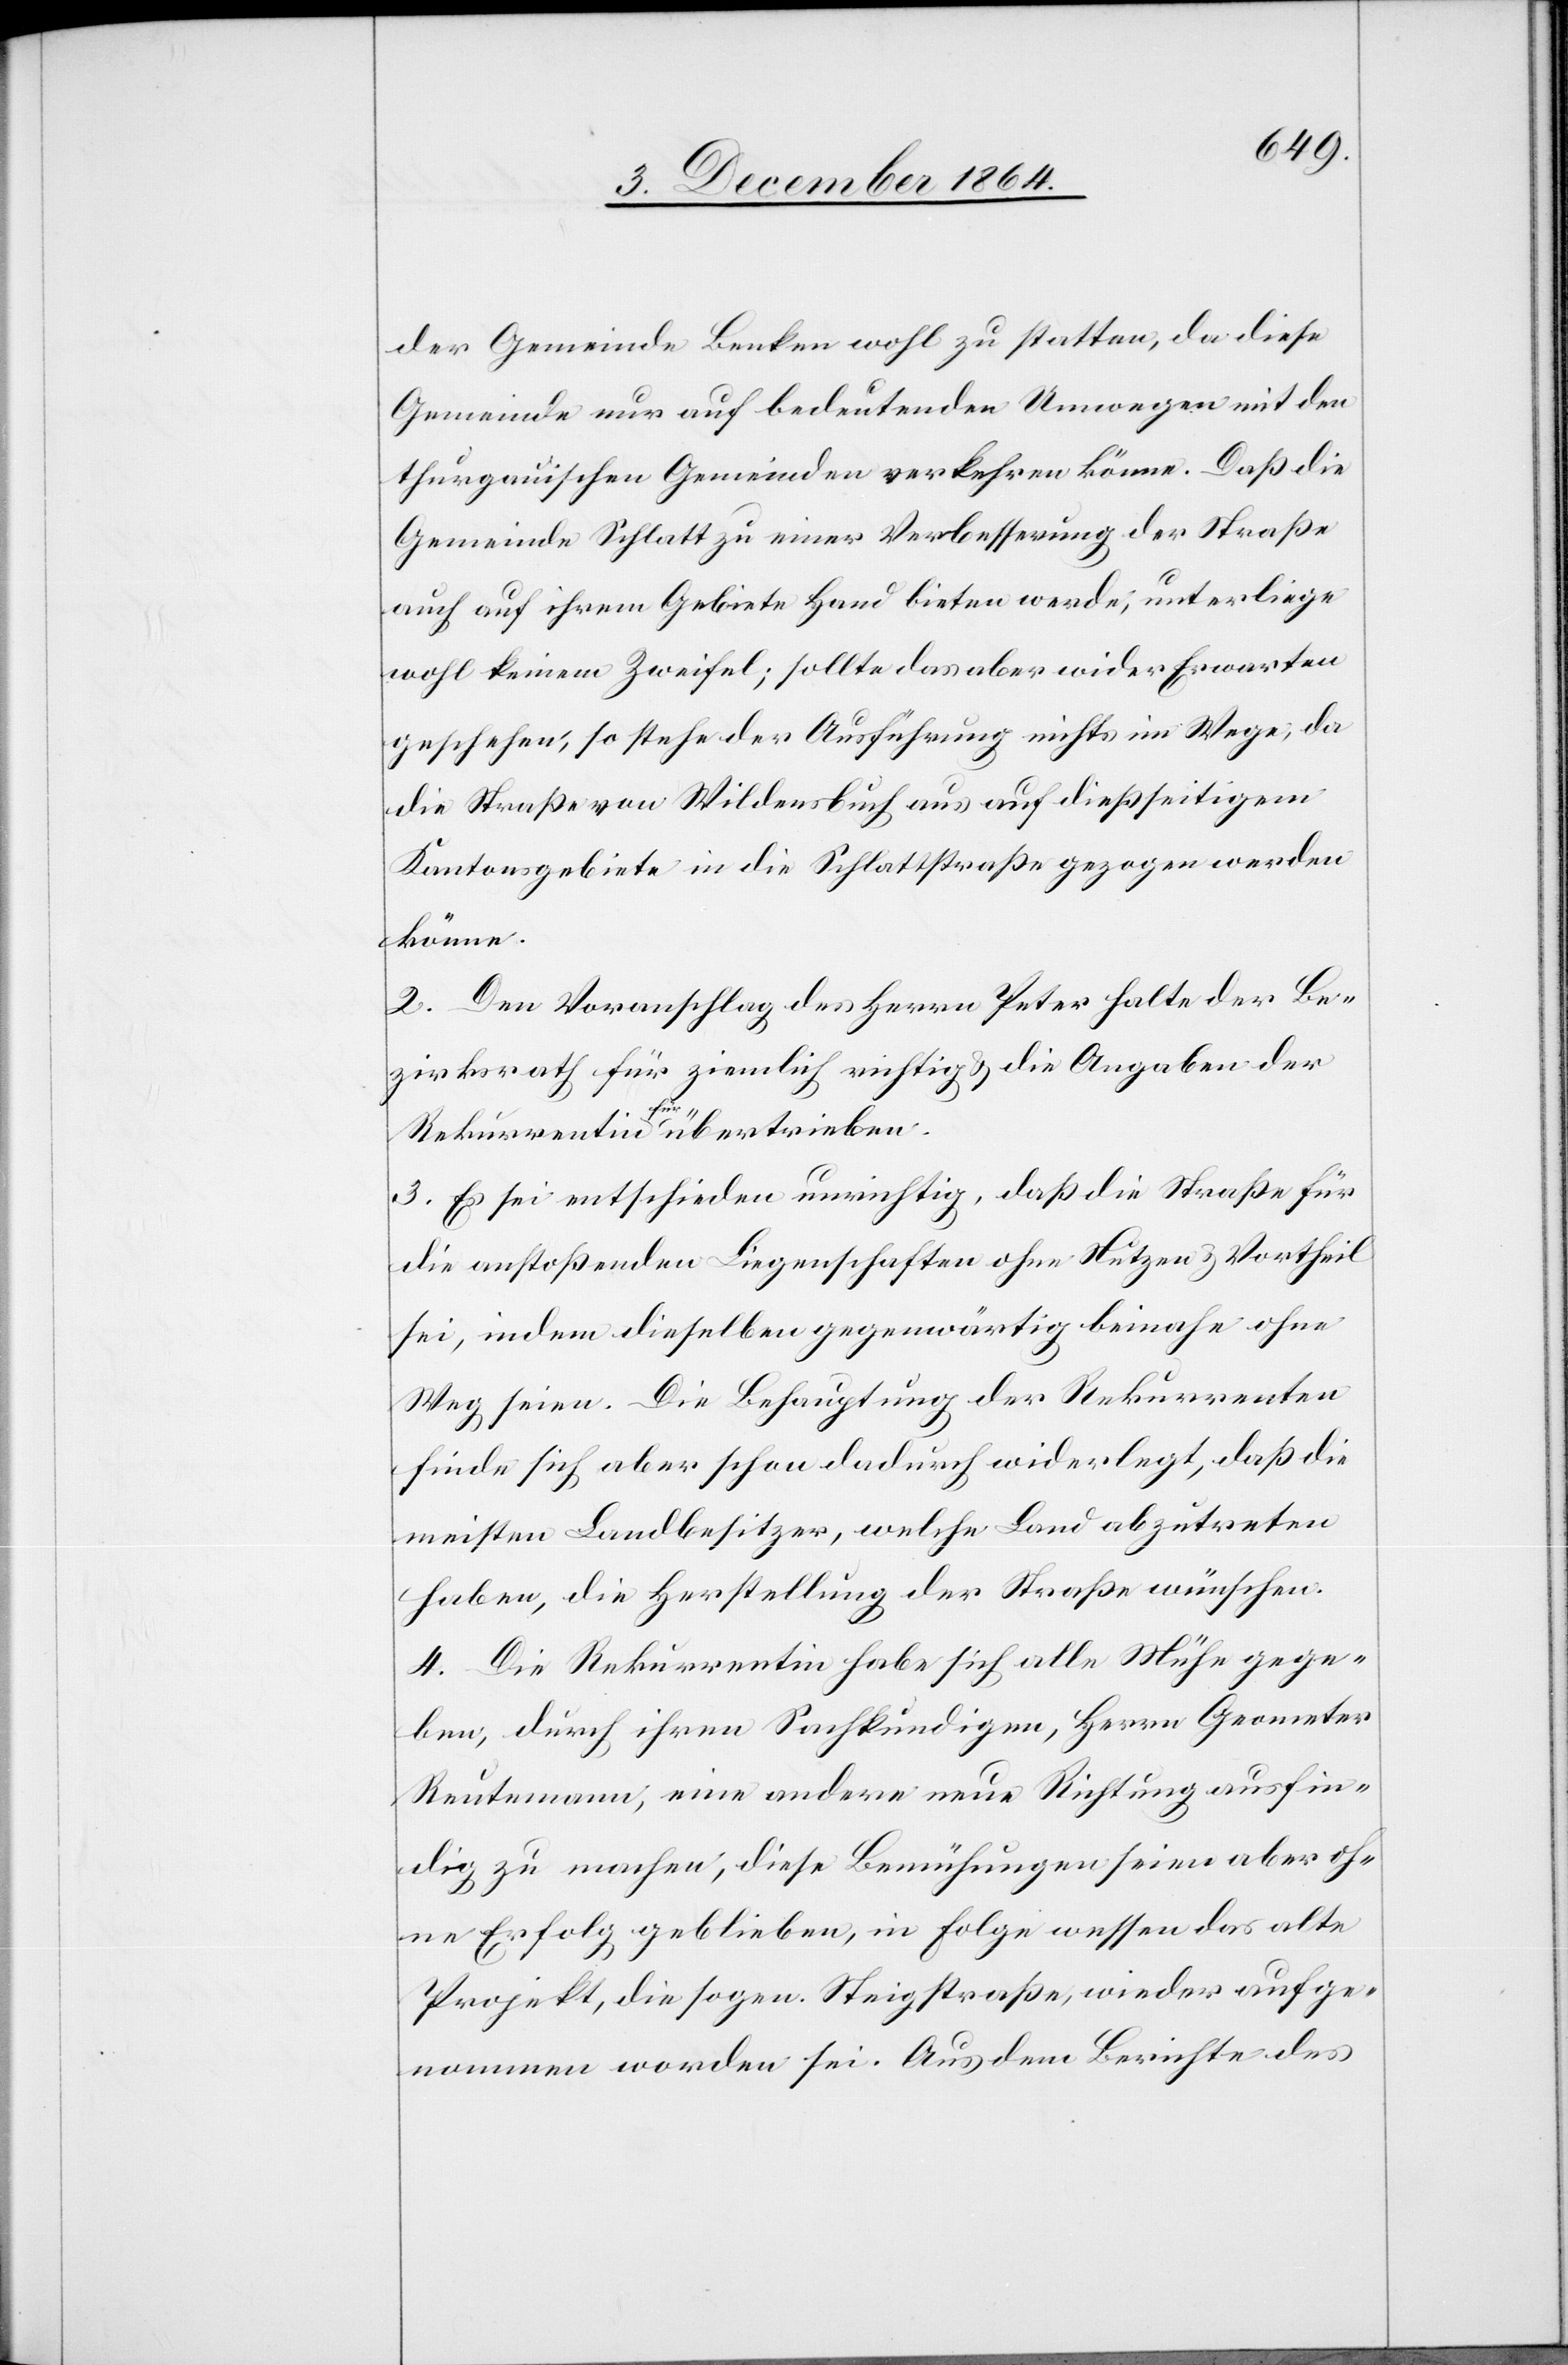
der Gemeinde Benken wohl zu statten, da diese
Gemeinde nur auf bedeutenden Umwegen mit den
thurgauischen Gemeinden verkehren könne. Daß die
Gemeinde Schlatt zu einer Verbesserung der Straße
auch auf ihrem Gebiete Hand bieten werde, unterliege
wohl keinem Zweifel; sollte das aber wider Erwarten
geschehen, so stehe der Ausführung nichts im Wege, da
die Straße von Wildensbuch aus auf dießseitigem
Kantonsgebiete in die Schlattstraße gezogen werden
könne.
2. Den Voranschlag des Herrn Peter halte der Be¬
zirksrath für ziemlich richtig & die Angaben der
Rekurrentin für übertrieben.
3. Es sei entschieden unrichtig, daß die Straße für
die anstoßenden Liegenschaften ohne Nutzen & Vortheil
sei, indem dieselben gegenwärtig beinahe ohne
Weg seien. Die Behauptung der Rekurrenten
finde sich aber schon dadurch widerlegt, daß die
meisten Landbesitzer, welche Land abzutreten
haben, die Herstellung der Straße wünschen.
4. Die Rekurrentin habe sich alle Mühe gege¬
ben, durch ihren Sachkundigen, Herrn Geometer
Reutemann, eine andere neue Richtung ausfin¬
dig zu machen, diese Bemühungen seien aber oh¬
ne Erfolg geblieben, in Folge wessen das alte
Projekt, die sogen. Steigstraße, wieder aufge¬
nommen worden sei. Aus dem Berichte des